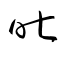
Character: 昨